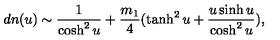
d n ( u ) \sim \frac { 1 } { \cosh ^ { 2 } u } + \frac { m _ { 1 } } { 4 } ( \tanh ^ { 2 } u + \frac { u \sinh u } { \cosh ^ { 2 } u } ) ,